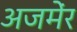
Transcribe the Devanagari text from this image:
अजमेंर